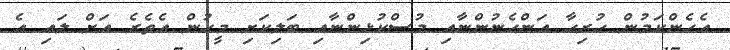
އެހެންކަމުން ހުރިހާ އަންހެނުންނާއި މުސްކުޅިންނާއި ބަލިކަށި މީހުން އެތެރެ އަށް ލައި އެ